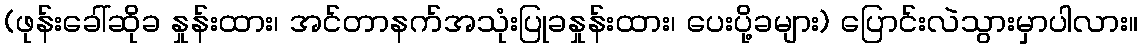
(ဖုန်းခေါ်ဆိုခ နှုန်းထား၊ အင်တာနက်အသုံးပြုခနှုန်းထား၊ ပေးပို့ခများ) ပြောင်းလဲသွားမှာပါလား။